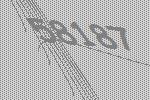
58187